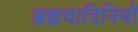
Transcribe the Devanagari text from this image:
ब्रह्मवादिनियों